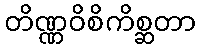
တိဏ္ဏဝိစိကိစ္ဆတာ